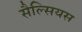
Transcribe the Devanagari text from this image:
सैल्सियस